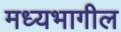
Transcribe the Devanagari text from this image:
मध्यभागील